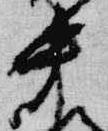
中